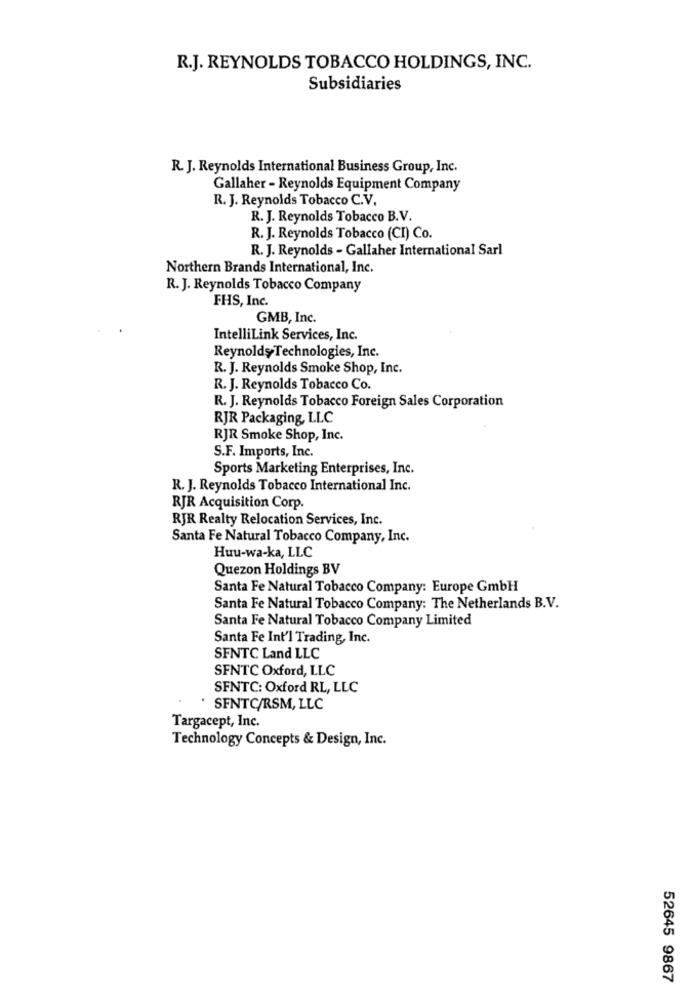
R.J. REYNOLDS TOBACCO HOLDINGS, INC.
Subsidiaries
R. J. Reynolds International Business Group, Inc.
Gallaher - Reynolds Equipment Company
R. J. Reynolds Tobacco C.V.
R. J. Reynolds Tobacco B.V.
R. J. Reynolds Tobacco (CI) Co.
R. J. Reynolds - Gallaher International Sarl
Northern Brands International, Inc.
R. J. Reynolds Tobacco Company
FHS, Inc.
GMB, Inc.
IntelliLink Services, Inc.
Reynolds Technologies, Inc.
R. J. Reynolds Smoke Shop, Inc.
R. J. Reynolds Tobacco Co.
R. J. Reynolds Tobacco Foreign Sales Corporation
RJR Packaging, LLC
RJR Smoke Shop, Inc.
S.F. Imports, Inc.
Sports Marketing Enterprises, Inc.
R. J. Reynolds Tobacco International Inc.
RJR Acquisition Corp.
RJR Realty Relocation Services, Inc.
Santa Fe Natural Tobacco Company, Inc.
Huu-wa-ka, LLC
Quezon Holdings BV
Santa Fe Natural Tobacco Company: Europe GmbH
Santa Fe Natural Tobacco Company: The Netherlands B.V.
Santa Fe Natural Tobacco Company Limited
Santa Fe Int'l Trading, Inc.
SFNTC Land LLC
SFNTC Oxford, LLC
SFNTC: Oxford RL, LLC
. SFNTC/RSM, LLC
Targacept, Inc.
Technology Concepts & Design, Inc.
52645 9867